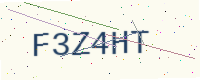
Text: F3Z4HT